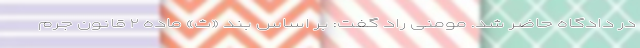
در دادگاه حاضر شد. مومنی راد گفت: بر اساس بند «ث» ماده ۲ قانون جرم